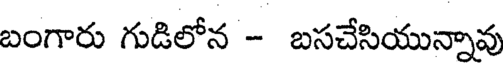
బంగారు గుడిలోన - బసచేసియున్నావు